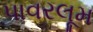
પાવરલૂમ